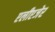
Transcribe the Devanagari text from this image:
एलीएजेर